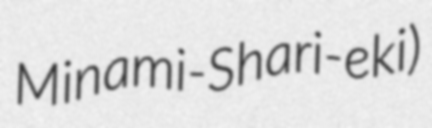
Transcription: Minami-Shari-eki)